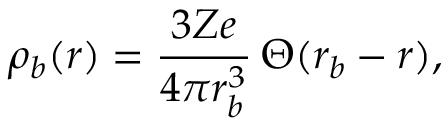
\rho _ { b } ( r ) = \frac { 3 Z e } { 4 \pi r _ { b } ^ { 3 } } \, \Theta ( r _ { b } - r ) ,